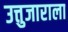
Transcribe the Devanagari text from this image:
उत्तुजाराला